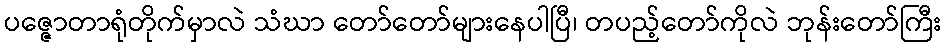
ပဇ္ဇောတာရုံတိုက်မှာလဲ သံဃာ တော်တော်များနေပါပြီ၊ တပည့်တော်ကိုလဲ ဘုန်းတော်ကြီး